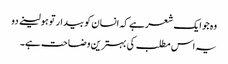
وہ جو ایک شعر ہے کہ انسان کو بیدار تو ہو لینے دو
یہ اس مطلب کی بہترین وضاحت ہے۔